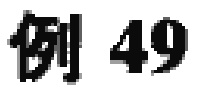
例 49